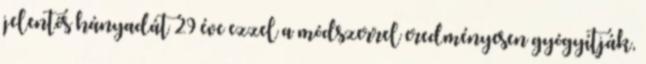
jelentős hányadát 29 éve ezzel a módszerrel eredményesen gyógyítják,